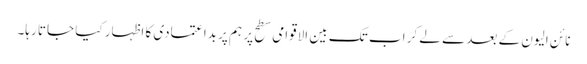
نائن الیون کے بعد سے لے کر اب تک بین الاقوامی سطح پر ہم پر بداعتمادی کا اظہار کیا جاتا رہا۔